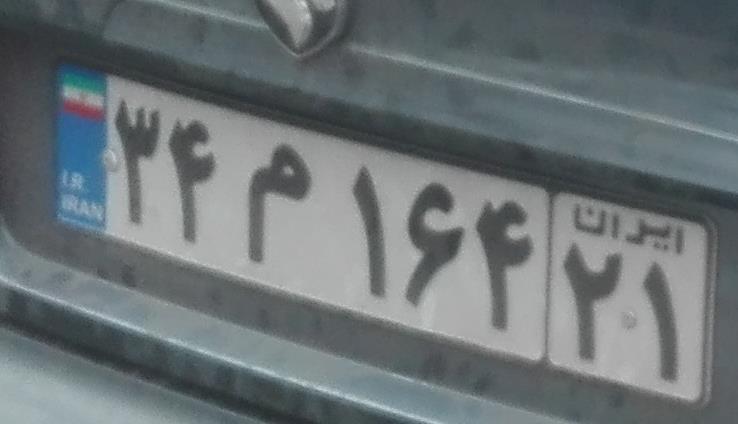
۳۴م۱۶۴۲۱